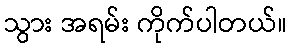
သွား အရမ်း ကိုက်ပါတယ်။